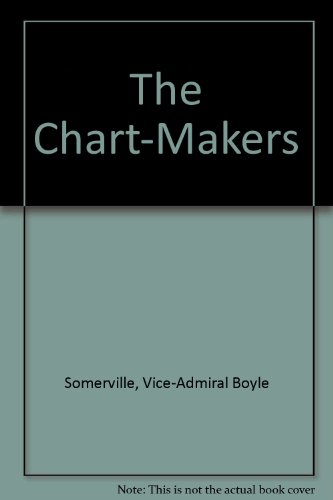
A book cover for The chart-makers,; Henry Boyle Townshend Somerville; Travel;